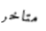
متاخر